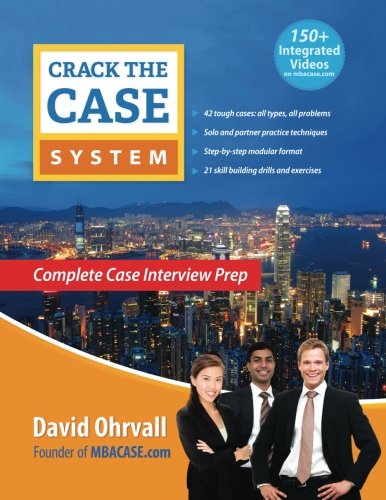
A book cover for Crack the Case System: Complete Case Interview Prep; David Ohrvall; Business & Money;